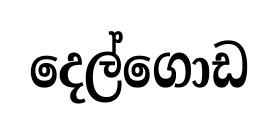
දෙල්ගොඩ